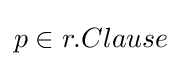
p\in r.Clause